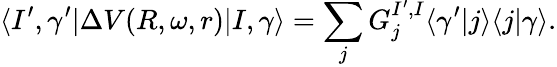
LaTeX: \langle I^{\prime},\gamma^{\prime}|\Delta V(R,\omega,r)|I,\gamma\rangle=\sum_{j}G_{j}^{I^{\prime},I}\langle\gamma^{\prime}|j\rangle\langle j|\gamma\rangle.